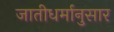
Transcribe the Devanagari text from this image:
जातीधर्मानुसार